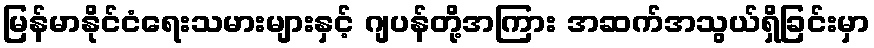
မြန်မာနိုင်ငံရေးသမားများနှင့် ဂျပန်တို့အကြား အဆက်အသွယ်ရှိခြင်းမှာ